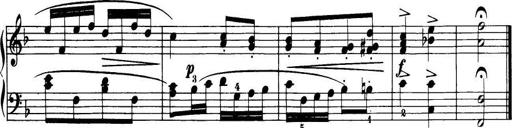
Title: 32 Sonatinas and Rondos for the Piano
Composer: Richard Kleinmichel